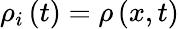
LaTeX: {\rho}_{i}\left(t\right)=\rho\left(x,t\right)